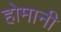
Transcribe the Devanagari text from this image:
होमानी